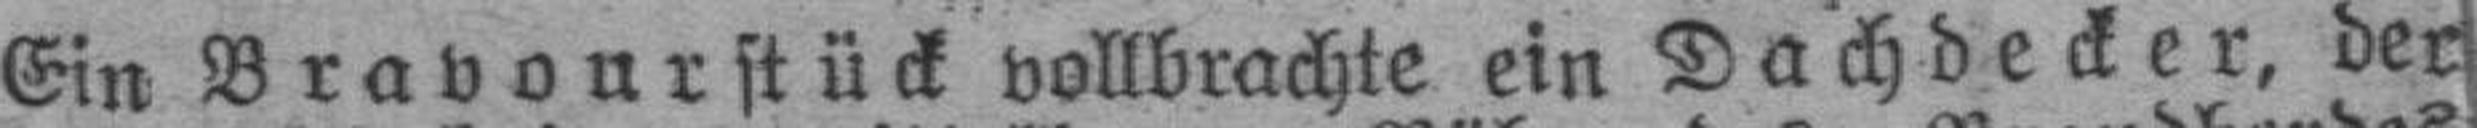
Ein Bravourstück vollbrachte ein Dachdecker, der